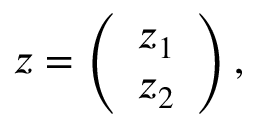
z = \left( \begin{array} { l } { z _ { 1 } } \\ { z _ { 2 } } \end{array} \right) ,